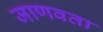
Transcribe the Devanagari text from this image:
जाणवता